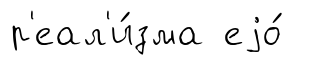
р'еал'и́зма еjо́